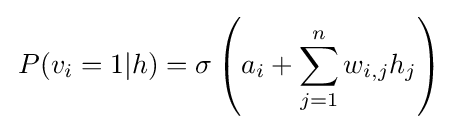
\,P(v_{i}=1|h)=\sigma \left(a_{i}+\sum _{j=1}^{n}w_{i,j}h_{j}\right)